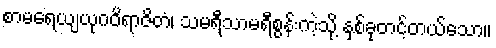
စာမရေယျယုဂဝိရာဇိတံ၊ သမရီသာမရီစွန်းကဲ့သို့ နှစ်ခုတင့်တယ်သော။